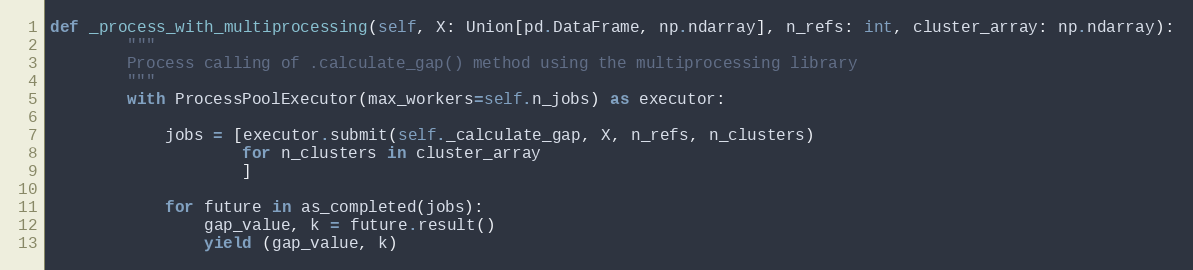
Language: Python
def _process_with_multiprocessing(self, X: Union[pd.DataFrame, np.ndarray], n_refs: int, cluster_array: np.ndarray):
        """
        Process calling of .calculate_gap() method using the multiprocessing library
        """
        with ProcessPoolExecutor(max_workers=self.n_jobs) as executor:

            jobs = [executor.submit(self._calculate_gap, X, n_refs, n_clusters)
                    for n_clusters in cluster_array
                    ]

            for future in as_completed(jobs):
                gap_value, k = future.result()
                yield (gap_value, k)